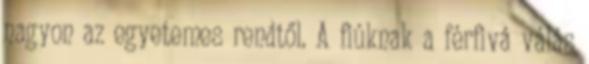
nagyon az egyetemes rendtől. A fiúknak a férfivá válás